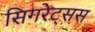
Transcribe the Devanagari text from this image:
सिगरेट्सस